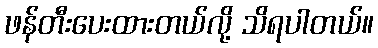
ဖန်တီးပေးထားတယ်လို့ သိရပါတယ်။